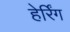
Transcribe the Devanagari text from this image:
हेर्रिंग